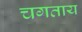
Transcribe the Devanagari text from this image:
चगताय